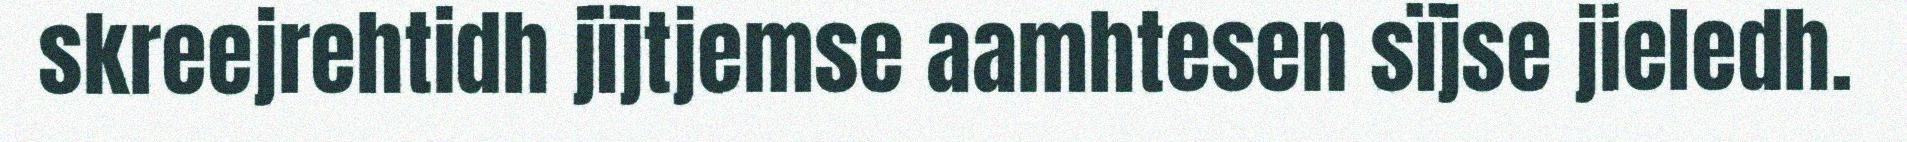
skreejrehtidh jïjtjemse aamhtesen sïjse jieledh.